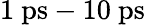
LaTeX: {1\ \mathrm{ps}-10\ \mathrm{ps}}